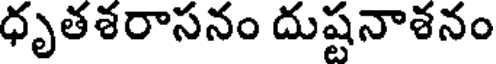
ధృతశరాసనం దుష్టనాశనం